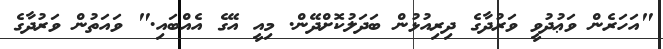
"އަހަރެން ވަޢުދުވީ ވަރުދާގެ ދިރިއުޅުން ބަދަލުކޮށްދޭން. މިއީ އޭގެ އެއްބައި." ވައަތުން ވަރުދާގެ